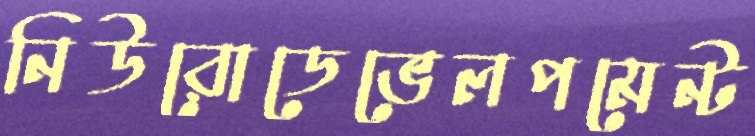
নিউরোডেভেলপমেন্ট